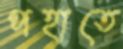
পহাতে